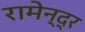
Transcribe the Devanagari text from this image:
रामेन्द्र